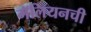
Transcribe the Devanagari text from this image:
गॅलियनची